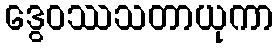
ဒွေဝဿသတာယုကာ